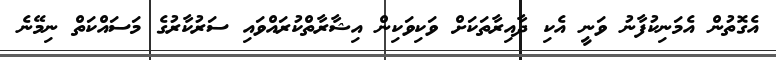
އެގޮތުން އެމަނިކުފާނު ވަނީ އެކި ދާއިރާތަކަށް ވަކިވަކިން އިޝާރާތްކުރައްވައި ސަރުކާރުގެ މަސައްކަތް ނިމޭނެ